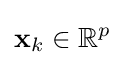
\mathbf {x} _{k}\in \mathbb {R} ^{p}